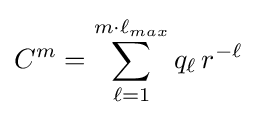
C^{m}=\sum _{\ell =1}^{m\cdot \ell _{max}}q_{\ell }\,r^{-\ell }